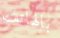
بالهاتف